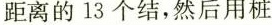
距离的13个结，然后用桩